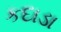
કદાડા